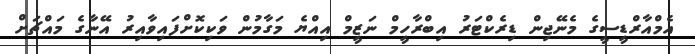
އެމްއާރްޑީސީގެ މެނޭޖިން ޑިރެކްޓަރު އިބްރާހީމް ނަޒީމް އިއްޔެ މަގާމުން ވަކިކޮށްފައިވާއިރު އޭނާގެ މައްޗަށް